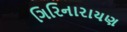
ગિરિનારાયણ